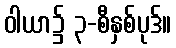
ဝါယာ၌ ၃-စီနှစ်ပုဒ်။